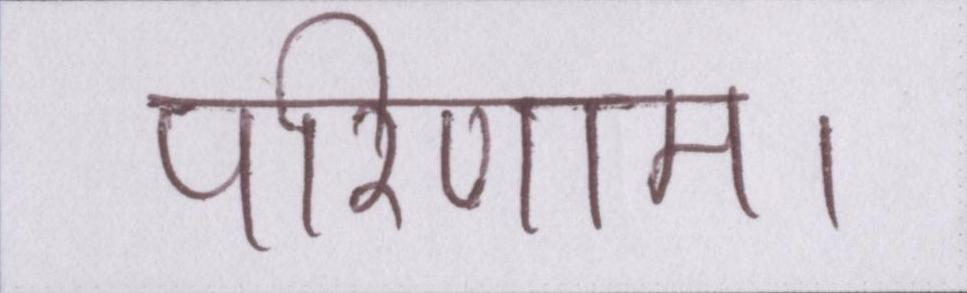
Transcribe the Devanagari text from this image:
परिणाम।